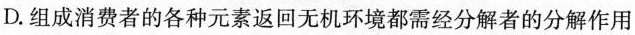
D.组成消费者的各种元素返回无机环境都需经分解者的分解作用